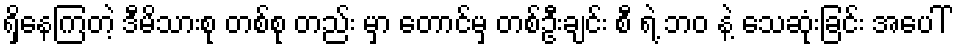
ရှိနေကြတဲ့ ဒီမိသားစု တစ်စု တည်း မှာ တောင်မှ တစ်ဦးချင်း စီ ရဲ့ ဘဝ နဲ့ သေဆုံးခြင်း အပေါ်